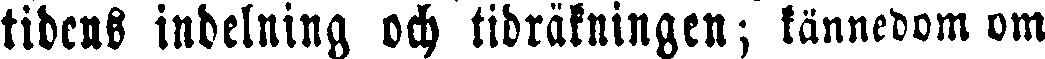
tidens indelning och tidräkningen; kännedom om